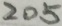
2 0 5